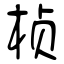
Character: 桢